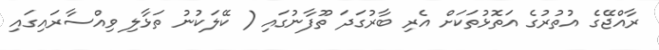
ރާއްޖޭގެ އުތުރުގެ އަތޮޅުތަކަށް އެރި ބާރުގަދަ ތޫފާނުގައި ( ކޭލަކުނު ތަޅާލި ވިއްސާރައިގައި